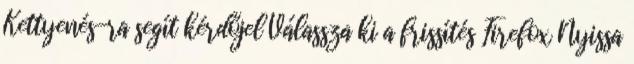
Kettyenés-ra segít kérdőjel Válassza ki a frissítés Firefox Nyissa